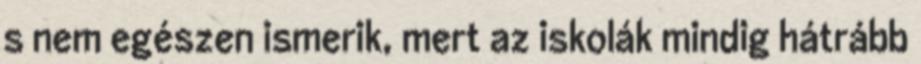
s nem egészen ismerik, mert az iskolák mindig hátrább